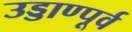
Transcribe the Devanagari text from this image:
उड्डाण्पूर्व